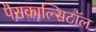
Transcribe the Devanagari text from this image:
पैराकाल्सिटॉल